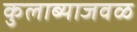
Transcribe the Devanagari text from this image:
कुलाब्याजवळ